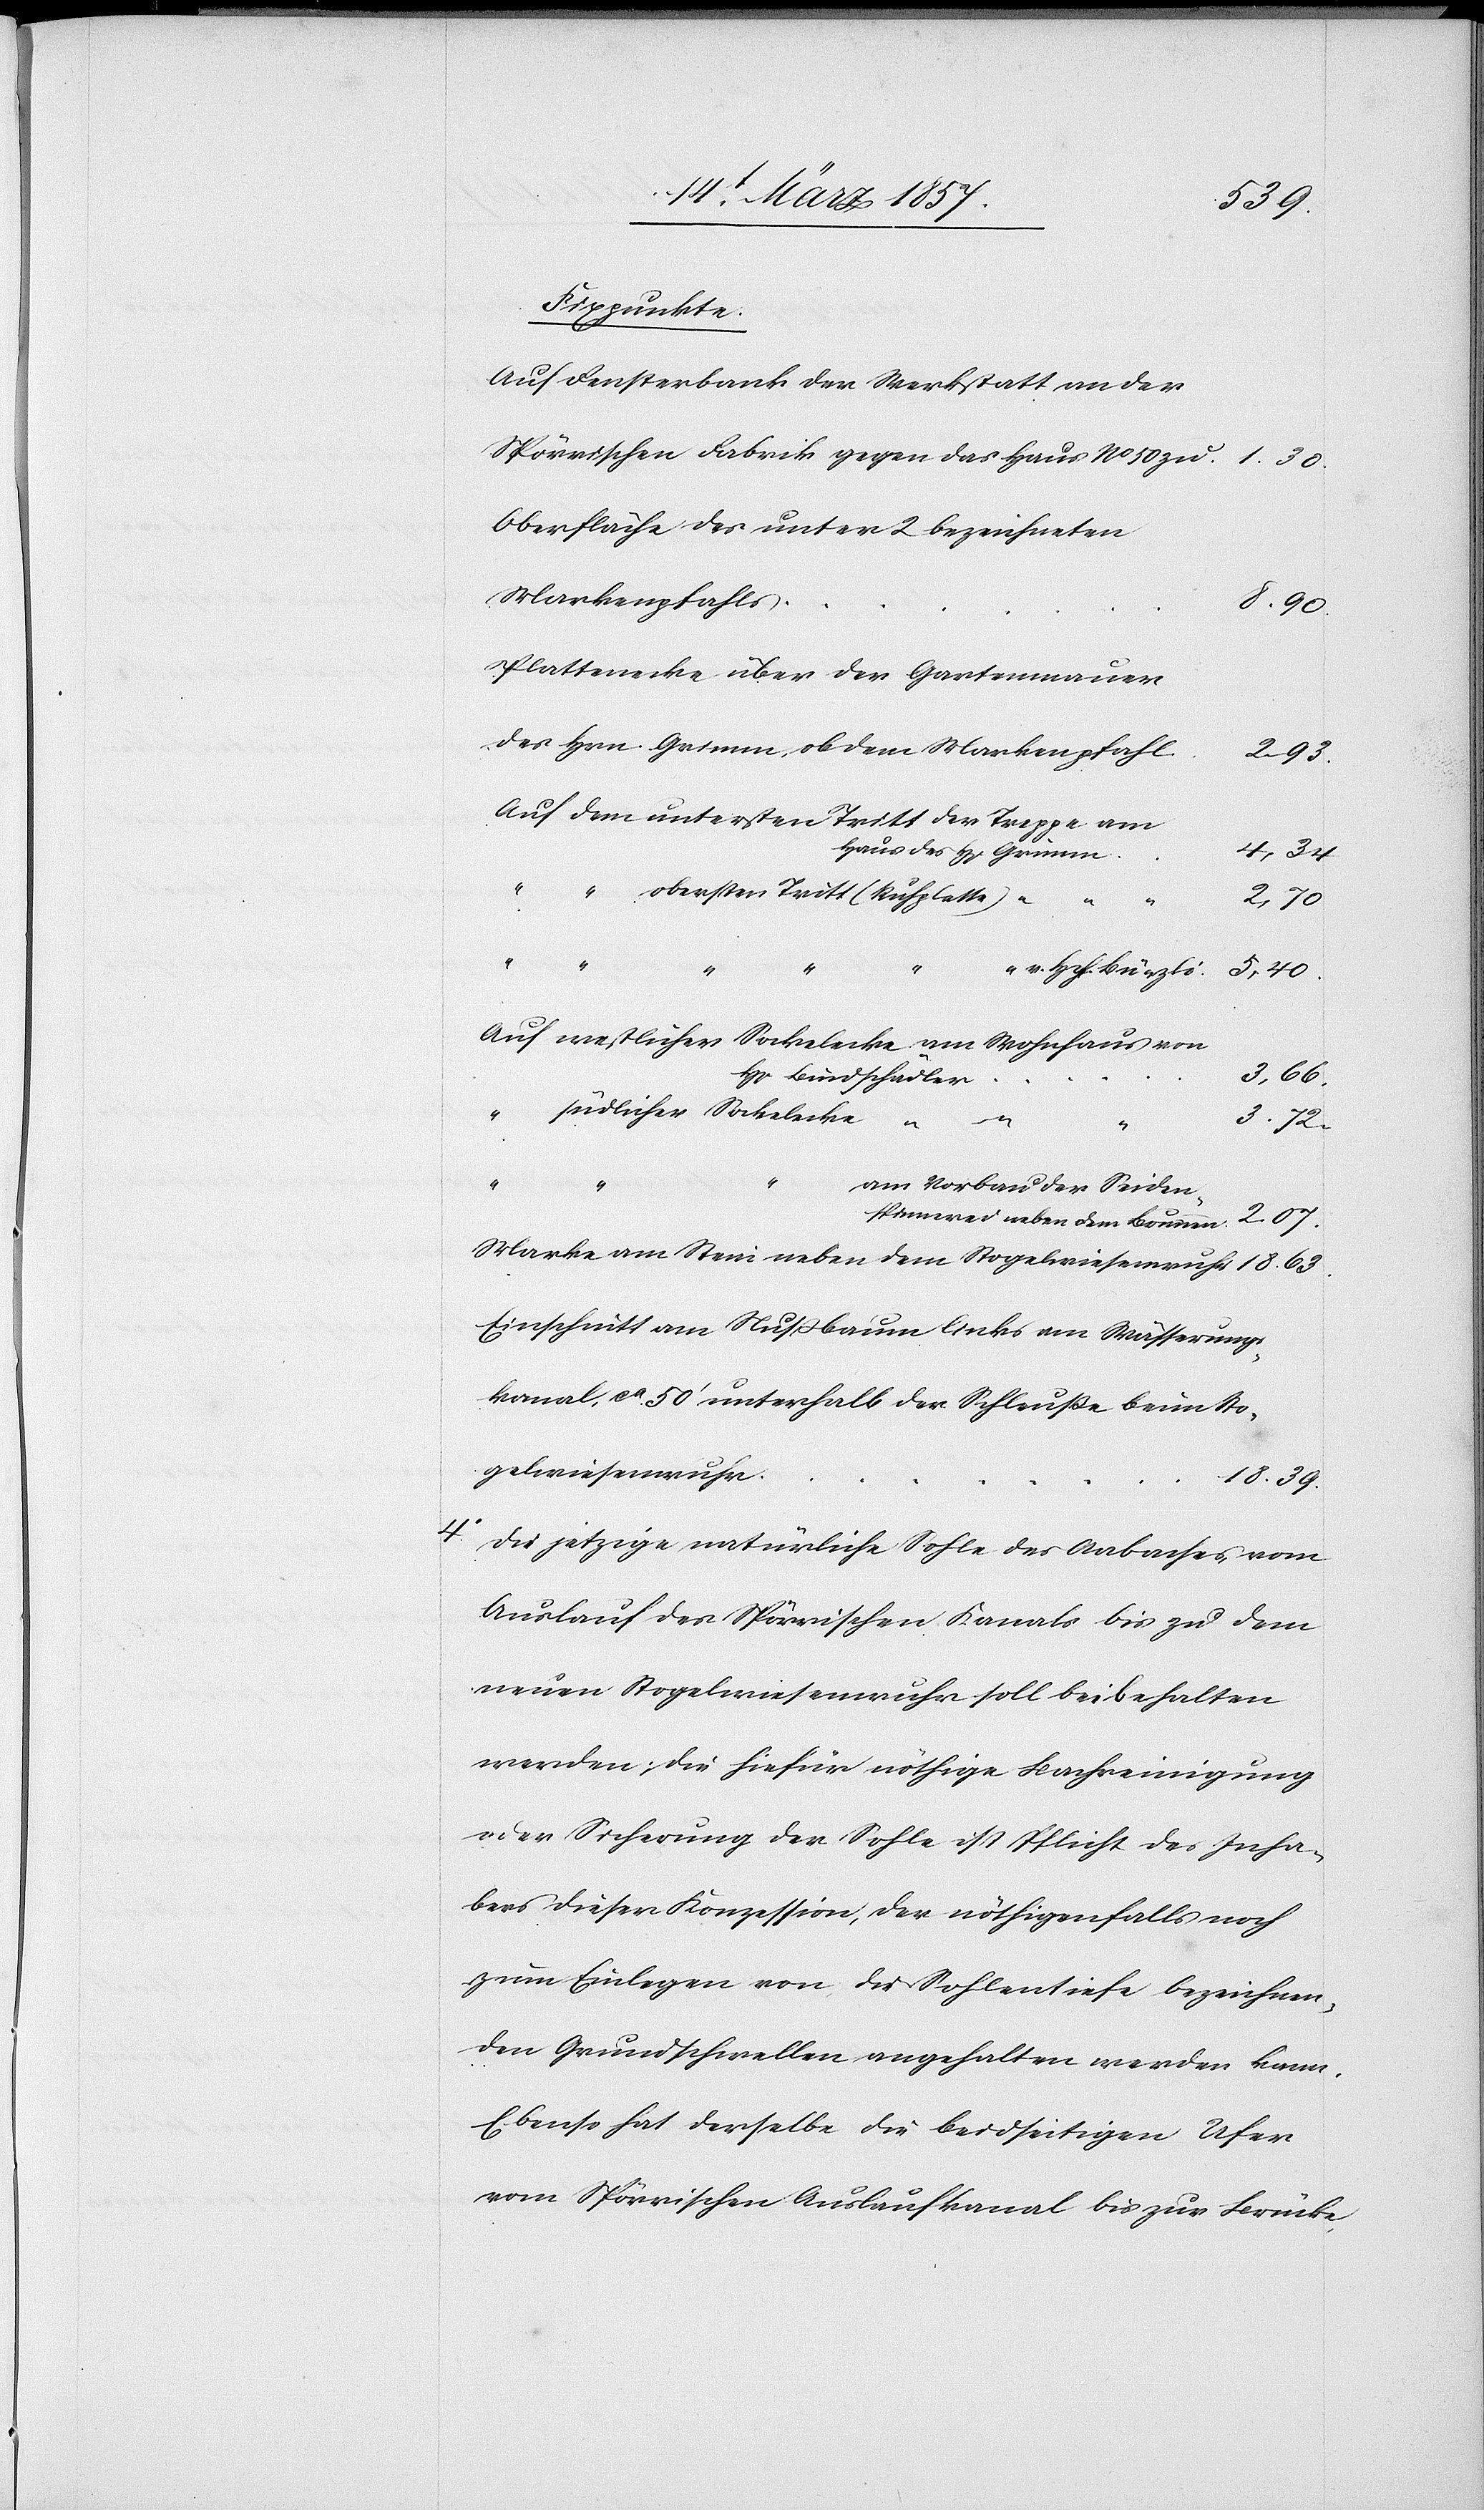
4o

39.
Fixpunkte.
Auf Fensterbank der Werkstatt an der
Spörrischen Fabrik gegen das Haus No 50
Oberfläche des unter 2 bezeichneten
Markenpfahls
Plattenecke über der Gartenmauer
des Hrn. Grimm, ob dem Markenpfahl
Auf dem untersten Tritt der Treppe am
Haus des H[errn] Grimm
“ “ obersten Tritt (Schuhplatte)
Brunnen
63.
“ v. Hch. Bünzli
Auf westlicher Sockelecke am Wohnhaus von
Hr. Bindschädler
3.
südlicher Sockelecke “
am Vorbau der Seiden¬
Marke am Stein neben dem Stogelwiesenwuhr
Einschnitt am Nußbaum links am Wässerungs¬
kanal, ca 50‘ unterhalb der Schleuße beim Sto¬
gelwiesenwuhr
Die jetzige natürliche Sohle des Aabaches vom
Auslauf des Spörrischen Kanals bis zu dem
neuen Stogelwiesenwuhr soll beibehalten
werden; die hiefür nöthige Bachreinigung
oder Sicherung der Sohle ist Pflicht des Inha¬
bers dieser Konzession, der nöthigenfalls noch
zum Einlegen von die Sohlentiefe bezeichnen¬
den Grundschwellen angehalten werden kann.
Ebenso hat derselbe die beidseitigen Ufer
vom Spörrischen Auslaufkanal bis zur Brücke